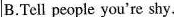
B.Tell people you're shy.